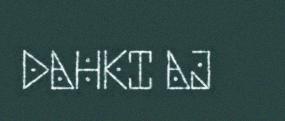
DAHKI AJ